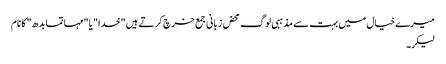
میرے خیال میں بہت سے مذہبی لوگ محض زبانی جمع خرچ کرتے ہیں "خدا" یا "مہاتما بدھ" کا نام
لیکر۔